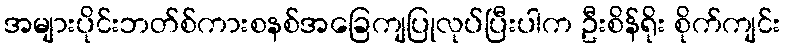
အများပိုင်းဘတ်စ်ကားစနစ်အခြေကျပြုလုပ်ပြီးပါက ဦးစိန်ရိုး စိုက်ကျင်း